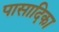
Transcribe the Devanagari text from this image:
पासादिका